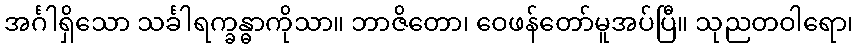
အင်္ဂါရှိသော သင်္ခါရက္ခန္ဓာကိုသာ။ ဘာဇိတော၊ ဝေဖန်တော်မူအပ်ပြီ။ သုညတဝါရော၊